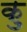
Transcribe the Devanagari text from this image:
कु़